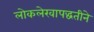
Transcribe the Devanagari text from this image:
लोकलेखापद्धतीने